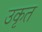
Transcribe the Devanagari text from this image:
उकृत